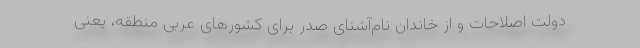
دولت اصلاحات و از خاندان نام‌آشنای صدر برای کشورهای عربی منطقه، یعنی